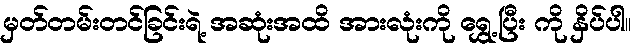
မှတ်တမ်းတင်ခြင်းရဲ့ အဆုံးအထိ အားလုံးကို ရွှေ့ပြီး ကို နှိပ်ပါ။